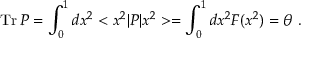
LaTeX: \mathrm { T r } \, P = \int _ { 0 } ^ { 1 } d x ^ { 2 } < x ^ { 2 } | P | x ^ { 2 } > = \int _ { 0 } ^ { 1 } d x ^ { 2 } F ( x ^ { 2 } ) = \theta \, \, .